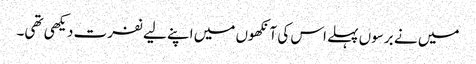
میں نے برسوں پہلے اس کی آنکھوں میں اپنے لیے نفرت دیکھی تھی۔